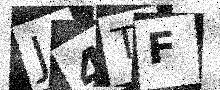
Text: J4TF